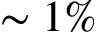
\sim 1 \%